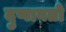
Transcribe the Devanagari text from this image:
दुणावतो